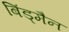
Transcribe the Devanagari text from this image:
बिंड्मैन